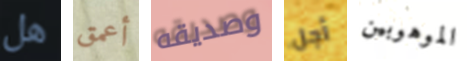
هل أعمق وصديقه أجل الموهوبين